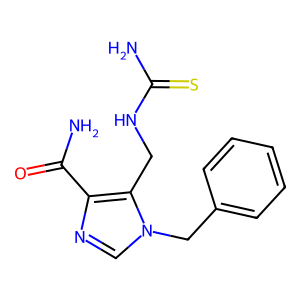
SMILES: NC(=O)c1ncn(Cc2ccccc2)c1CNC(N)=S
Inhibits HIV replication: No